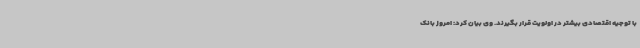
با توجیه اقتصادی بیشتر در اولویت قرار بگیرند. وی بیان کرد: امروز بانک